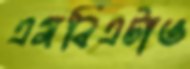
এমবিএটাও